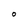
Character: O